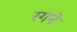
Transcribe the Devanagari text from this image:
रगने